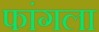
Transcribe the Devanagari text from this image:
फांगला